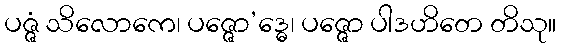
ပဇ္ဇံ သိလောကေ၊ ပဇ္ဇော’ဒ္ဓေ၊ ပဇ္ဇော ပါဒဟိတေ တိသု။